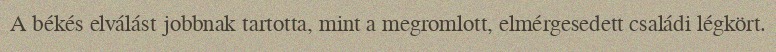
A békés elválást jobbnak tartotta, mint a megromlott, elmérgesedett családi légkört.